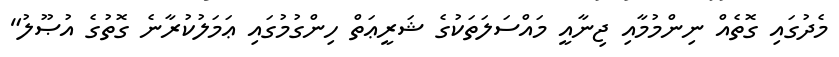
މެދުގައި ގޮތެއް ނިންމުމާއި ޖިނާއީ މައްސަލަތަކުގެ ޝަރީޢަތް ހިންގުމުގައި ޢަމަލުކުރާނެ ގޮތުގެ އުޞޫލު"